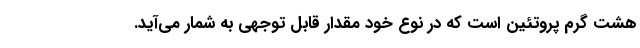
هشت گرم پروتئین است که در نوع خود مقدار قابل توجهی به شمار می‌آید.